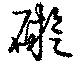
礙